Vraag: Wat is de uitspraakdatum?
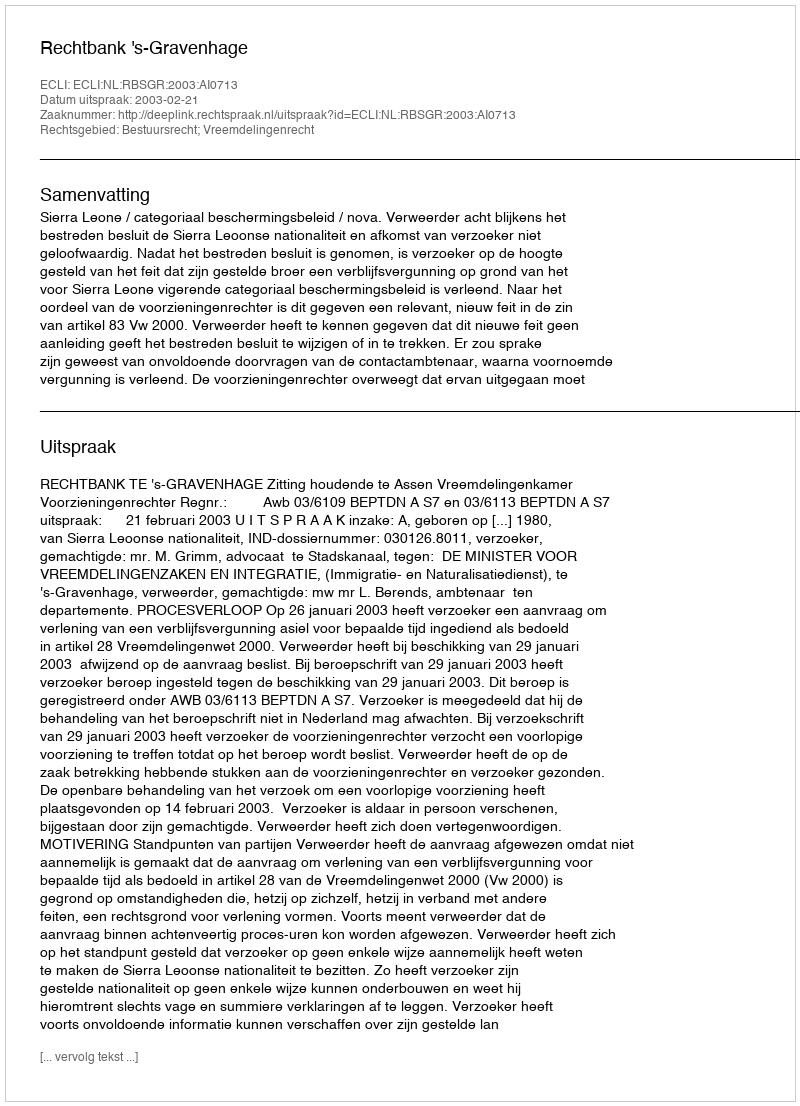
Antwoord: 2003-02-21